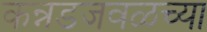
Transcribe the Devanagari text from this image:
कन्नडजवळच्या